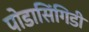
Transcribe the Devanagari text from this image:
पोडासिंगिडी